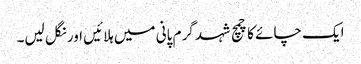
ایک چائے کا چمچ شہد گرم پانی میں ہلائیں اور نگل لیں۔